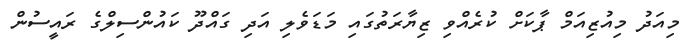
މިއަދު މިއުޒިއަމް ޕާކަށް ކުރެއްވި ޒިޔާރަތުގައި މަޑަވެލި އަދި ގައްދޫ ކައުންސިލްގެ ރައީސުން